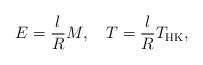
LaTeX: \begin{align*} E = \frac{l}{R}M, \ \ \ T=\frac{l}{R}T_{\rm HK},\end{align*}